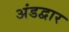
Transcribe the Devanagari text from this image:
अंडद्वार